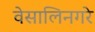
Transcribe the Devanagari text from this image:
वेसालिनगरे